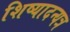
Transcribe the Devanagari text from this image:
शिष्यादन्यत्र